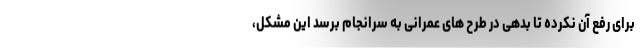
برای رفع آن نکرده تا بدهی در طرح های عمرانی به سرانجام برسد این مشکل،